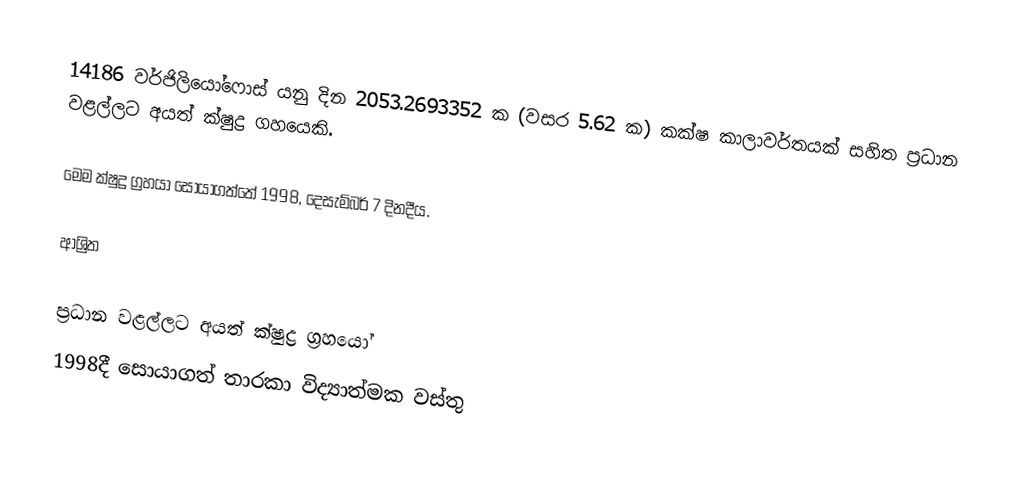
14186 වර්ජිලියෝෆොස් යනු  දින 2053.2693352 ක (වසර 5.62 ක) කක්ෂ කාලාවර්තයක් සහිත ප්‍රධාන වළල්ලට අයත්  ක්ෂුද්‍ර ගහයෙකි.

මෙම ක්ෂුද්‍ර ග්‍රහයා සොයාගත්තේ 1998, දෙසැම්බර් 7 දිනදීය.

ආශ්‍රිත

ප්‍රධාන වළල්ලට අයත් ක්ෂුද්‍ර ග්‍රහයෝ
1998දී සොයාගත් තාරකා විද්‍යාත්මක වස්තු